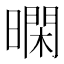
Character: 𭧴